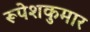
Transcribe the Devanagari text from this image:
रूपेशकुमार